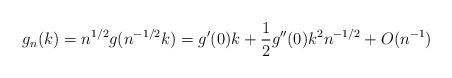
LaTeX: \begin{align*}g_n (k) = n^{ 1/ 2 } g (n^{ - 1/ 2} k ) = g^\prime (0) k + \frac{ 1 }{ 2} g^{\prime \prime } (0 ) k^2 n^{-1/2} + O (n^{ - 1 } ) \end{align*}